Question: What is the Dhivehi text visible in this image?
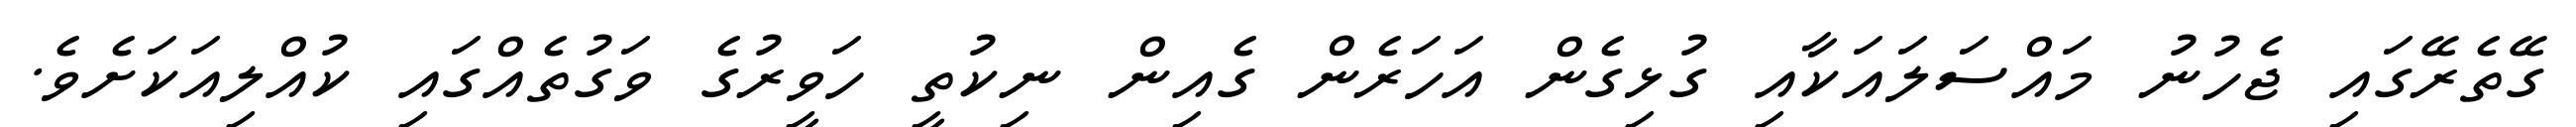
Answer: ގޭތެރޭގައި ޖެހުނު މައްސަލައަކާއި ގުޅިގެން އަހަރެން ގެއިން ނިކުތީ ހަވީރުގެ ވަގުތެއްގައި ކުއްލިއަކަށެވެ.